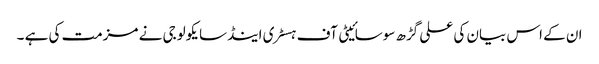
ان کے اس بیان کی علی گڑھ سوسائیٹی آف ہسٹری اینڈسایکولوجی نے مزمت کی ہے ۔